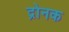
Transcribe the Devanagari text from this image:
द्रोनक